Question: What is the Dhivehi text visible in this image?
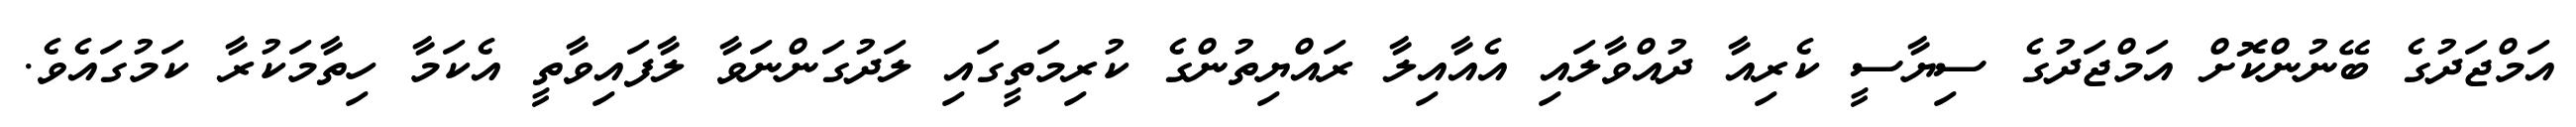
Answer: އަމްޖަދުގެ ބޭނުންކޮށް އަމްޖަދުގެ ސިޔާސީ ކެރިއާ ދުއްވާލައި އެއާއިލާ ރައްޔިތުންގެ ކުރިމަތީގައި ލަދުގަންނަވާ ލާފައިވާތީ އެކަމާ ހިތާމަކުރާ ކަމުގައެވެ.